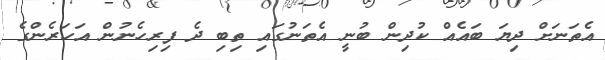
އެތަނަށް ދިޔަ ބައެއް ކުދިން ބުނީ އެތަނުގައި ތިބި ދެ ފިރިހެނުން އަހަރެންގެ